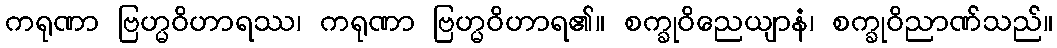
ကရုဏာ ဗြဟ္မဝိဟာရဿ၊ ကရုဏာ ဗြဟ္မဝိဟာရ၏။ စက္ခုဝိညေယျာနံ၊ စက္ခုဝိညာဏ်သည်။